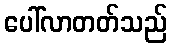
ပေါ်လာတတ်သည်